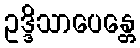
ဥဒ္ဒိသာပေန္တေ